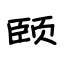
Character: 颐